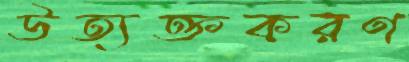
উত্যক্তকরণ